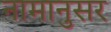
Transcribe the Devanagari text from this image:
नामानुसर